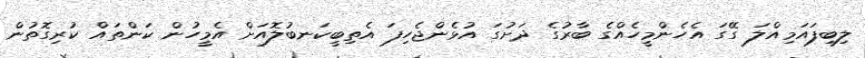
ލިބިފައަމިއްލަ ގޭގަ އެހެންމީހެއްގެ ބާރުގެ ދަށުގަ އުޅެންޖެހިފަ އެތިބީކަނބުލޮއަށް އެމީހުން ކަންތައް ކުރިގޮތުން